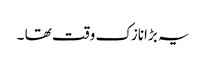
یہ بڑانازک وقت تھا ۔